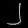
Digit: ၂